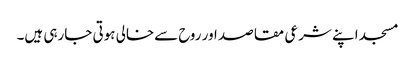
مسجد اپنے شرعی مقاصد اور روح سےخالی ہوتی جارہی ہیں۔